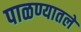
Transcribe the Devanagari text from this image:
पाळण्यातलें